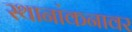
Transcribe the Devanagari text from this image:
स्थानांकनावर